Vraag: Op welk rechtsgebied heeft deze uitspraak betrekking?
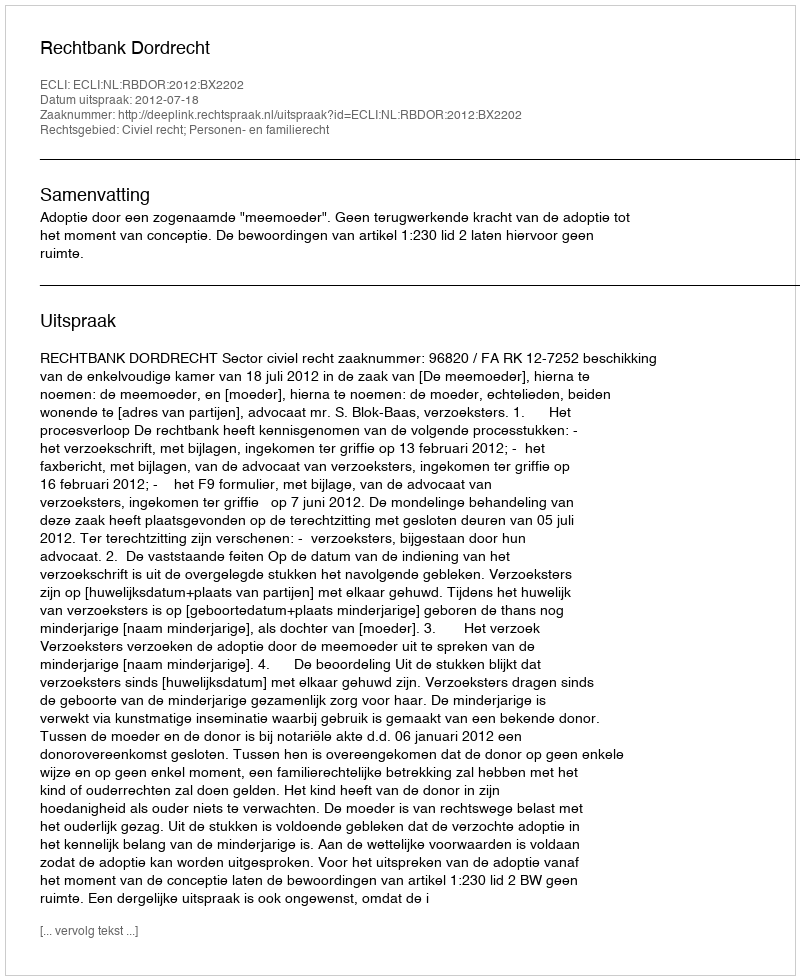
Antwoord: Civiel recht; Personen- en familierecht